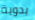
يدوية